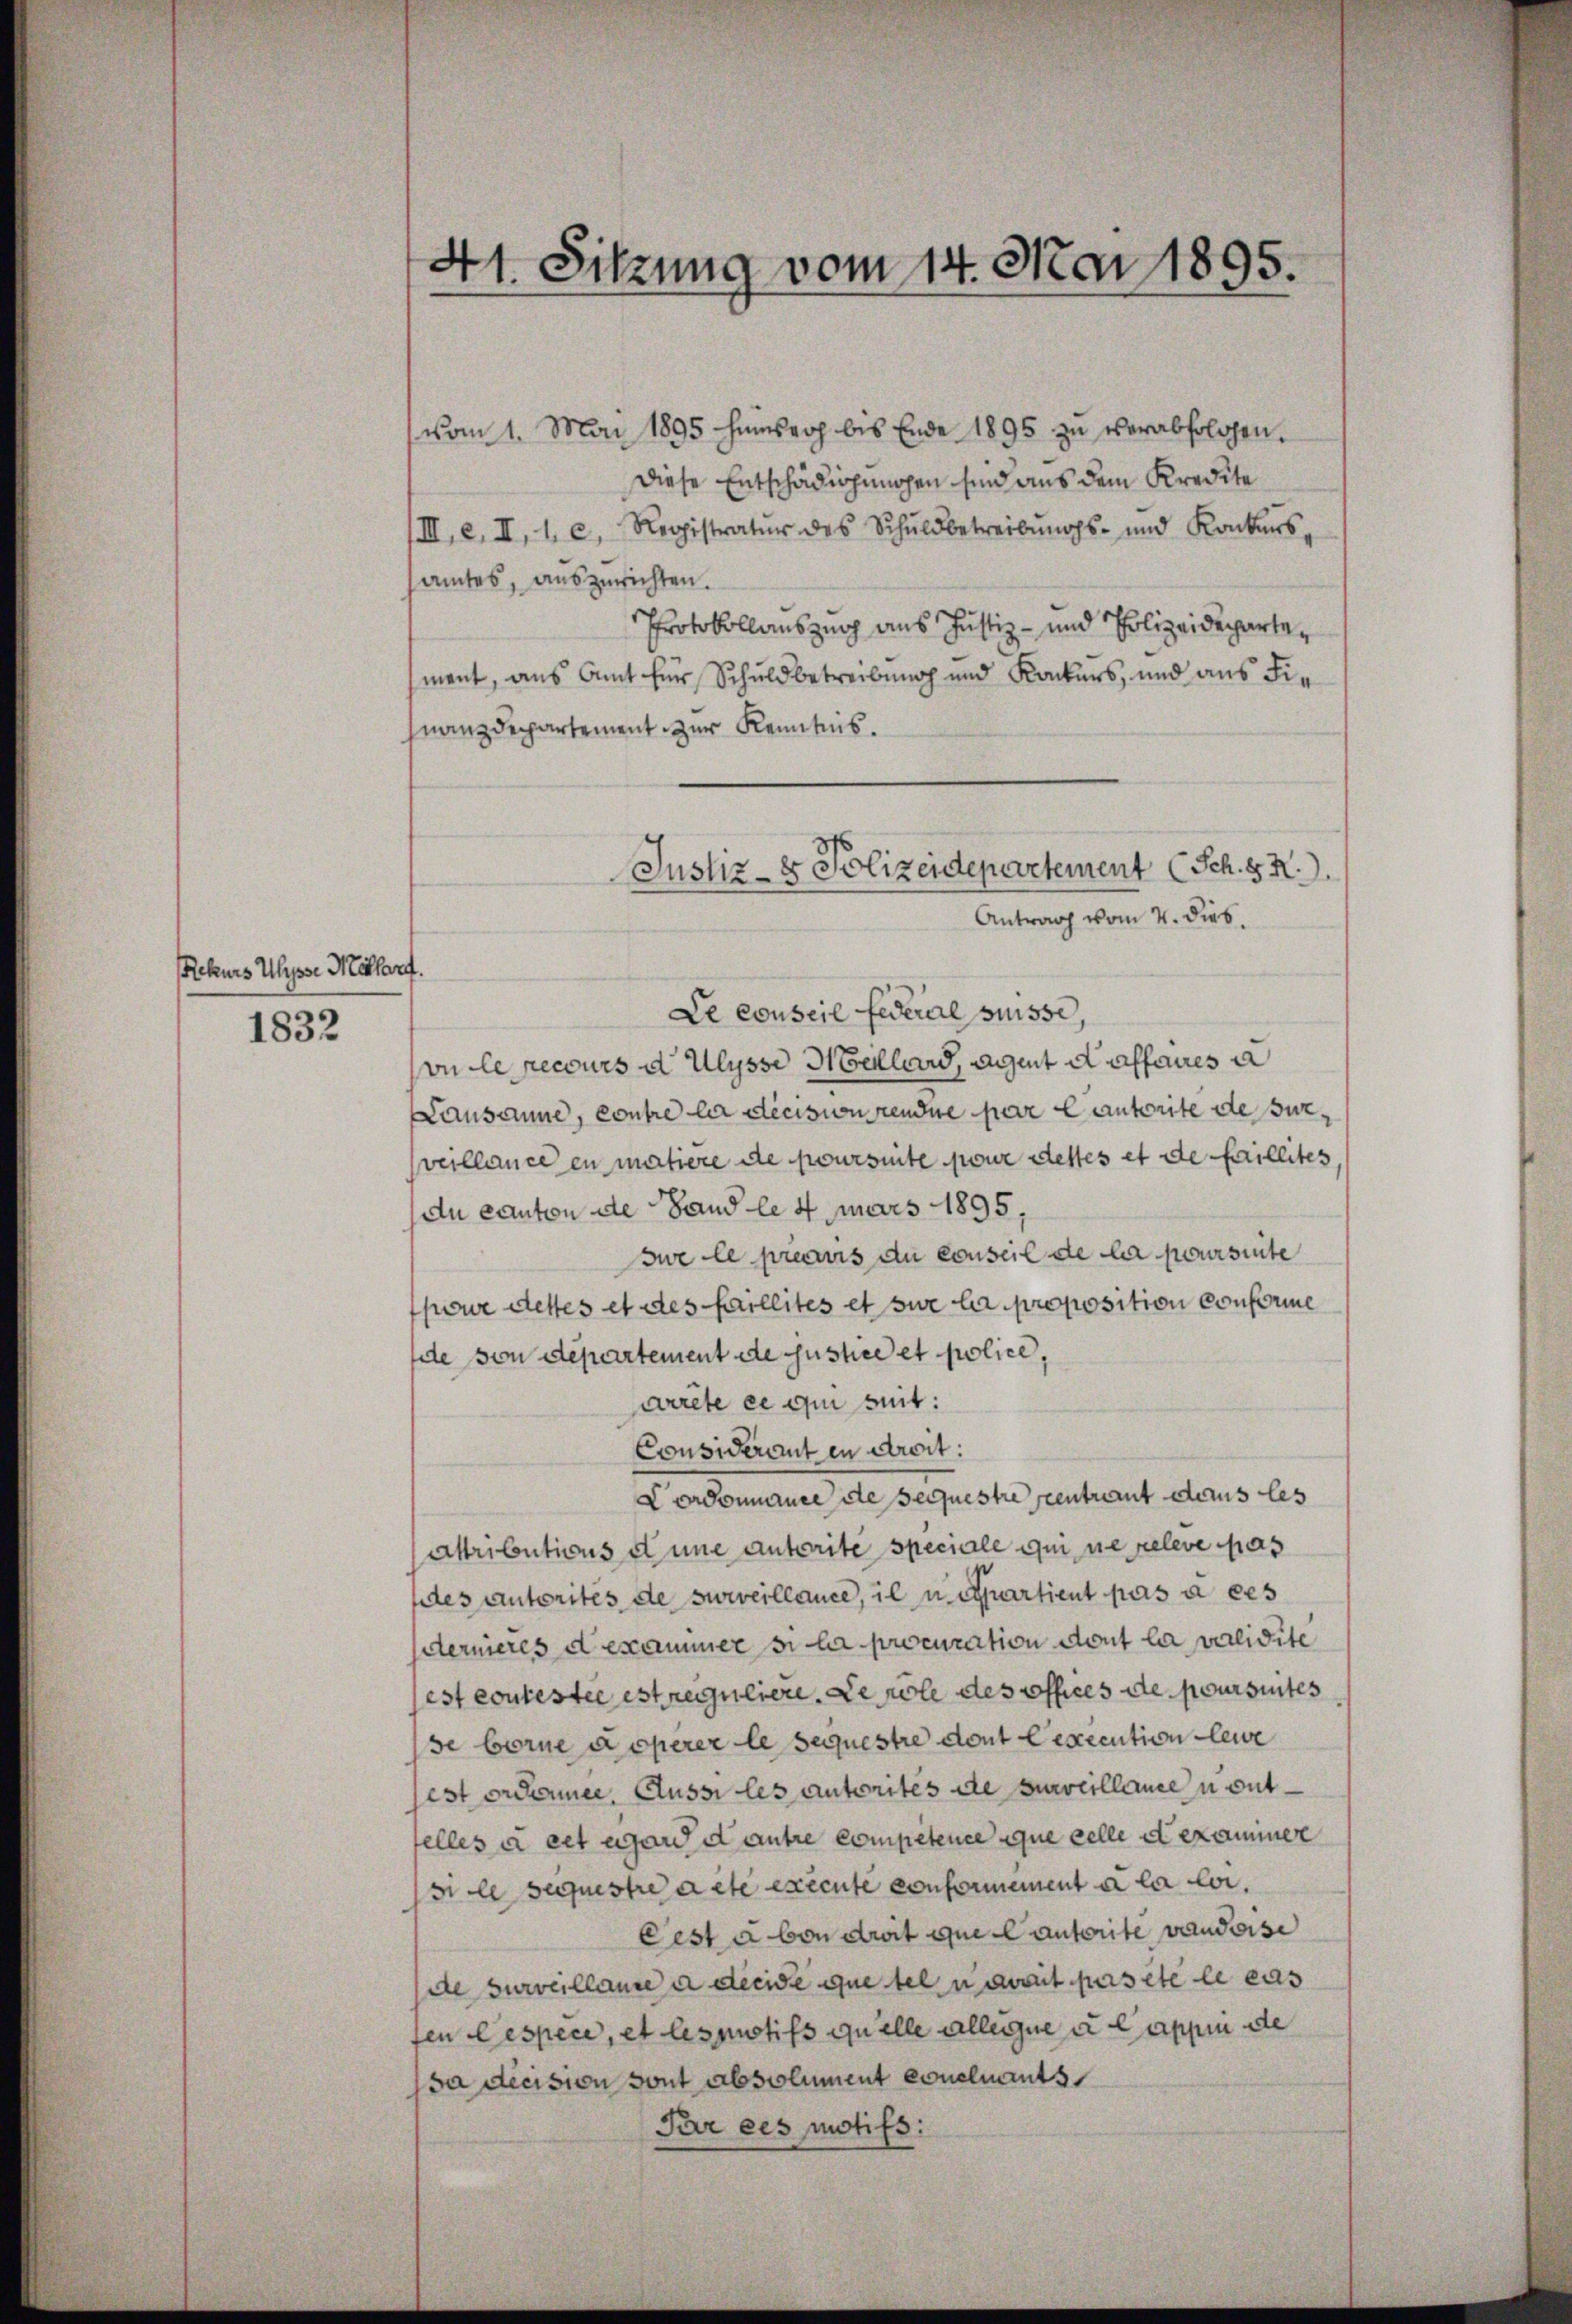
Rekurs Ulysse Mottarf.

1832

41. Sitzung vom 14. Mai 1895.

vom 1. Mai 1895 hinsroh bis Ende 1895 zu verabfolgen.
Diese Entschädigungen sind aus dem Kredite
IIII. e. II, 1. c. Registratŭr des Schuldbetreibŭngs- und Konkurs,
samtes, auszurichten.
Protokollauszug aus Justiz- und Polizeidepartemant, aus Amt für Schuldbetreibung und Konkurs, und aus Fie
nanzdepartement zur Kenntnis.
Le conseil Federal Suisse,
vn le recours d Ulysse Mellard, Agent daffaires a
Lausanne, contre la décision rendue par lautorite de surveillance en matiere de poursuite pour dettes et de faillites
du canton die Hand le 4 mars 1895,
sue le precurs du conseil de la poursuite
pour dettes et des faillités et sur la proposition conforme
de von Departement de Justice et police,
arrête ce qui seit:
Considerant en droit.
Cordonnance de sequestre centraut das les
Attributions et une autorite speciale qui ne releve pas
dtes autorites de surveillance, il u. curtient pas à ces
dernieres dekammer si la procuration dont la validite
est contestie est reguliere. Le pole des offices de poursuites
se borne doperer le sequestre dont lexecution leie
sest ordonner, Aussi les autorités de surveillance u entfelles à cet egard dautre competence que celle d exammer
si le sequestre acte exécute conformement à la loi.
Cest aben droit que Cauterite vauderse
de surveillance a decise que tel u avait pasete le cas
sen Gespeci, et lespotifs quelle alleine u Cappen de
da dicision sont absolument einenants
Par ces motifs:

Justiz- & Polizeidepartement (Sch. 8 X.).
Antrag vom 4. dies